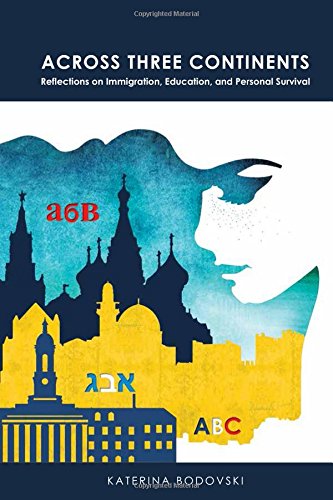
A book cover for Across Three Continents: Reflections on Immigration, Education, and Personal Survival (American University Studies); Katerina Bodovski; Gay & Lesbian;